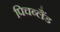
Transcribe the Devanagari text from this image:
पिचब्लैंड